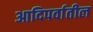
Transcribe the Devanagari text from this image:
आदिपर्वातील